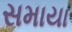
સમાયા